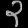
Digit: ၃